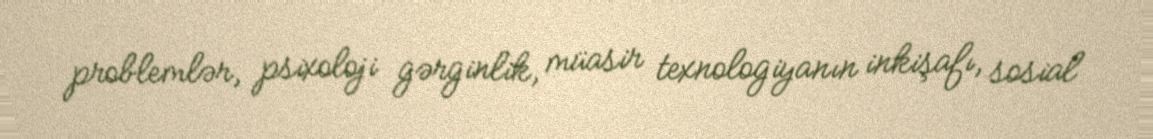
problemlər, psixoloji gərginlik, müasir texnologiyanın inkişafı, sosial